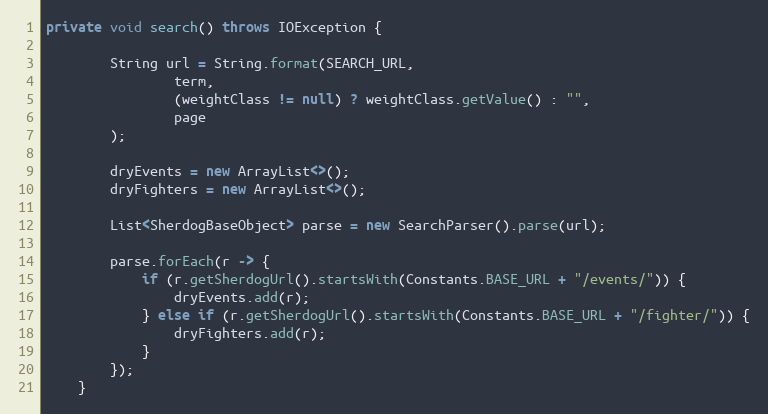
Language: Java
private void search() throws IOException {

        String url = String.format(SEARCH_URL,
                term,
                (weightClass != null) ? weightClass.getValue() : "",
                page
        );

        dryEvents = new ArrayList<>();
        dryFighters = new ArrayList<>();

        List<SherdogBaseObject> parse = new SearchParser().parse(url);

        parse.forEach(r -> {
            if (r.getSherdogUrl().startsWith(Constants.BASE_URL + "/events/")) {
                dryEvents.add(r);
            } else if (r.getSherdogUrl().startsWith(Constants.BASE_URL + "/fighter/")) {
                dryFighters.add(r);
            }
        });
    }